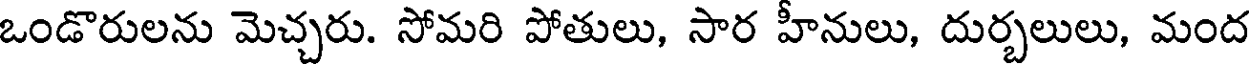
ఒండొరులను మెచ్చరు. సోమరి పోతులు, సార హీనులు, దుర్బలులు, మంద